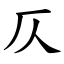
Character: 仄